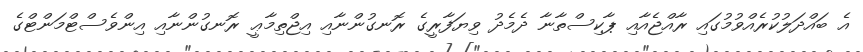
އެ ބައްދަލުކުރެއްވުމުގައި ރާއްޖެއާއި ޕާކިސްތާނާ ދެމެދު ވިޔަފާރީގެ ރޮނގުންނާއި އިޖްތިމާޢީ ރޮނގުންނާއި އިންވެސްޓްމަންޓްގެ